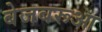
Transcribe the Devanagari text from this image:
बेजबरूआ